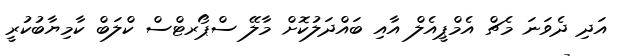
އަދި ދެވަނަ މެޗް އެމްޕީއެލް އާއި ބައްދަލުކޮށް މާލޭ ސްޕޯރޓްސް ކްލަބް ކާމިޔާބުކުރީ